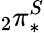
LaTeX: _{2}\pi_{*}^{S}